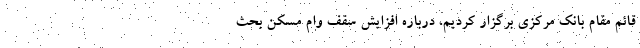
قائم مقام بانک مرکزی برگزار کردیم، درباره افزایش سقف وام مسکن بحث